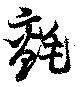
氈